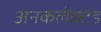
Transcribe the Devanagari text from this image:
अनकलेक्टेड